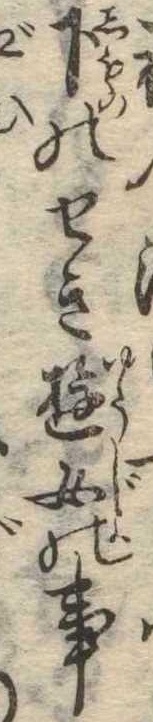
下のせき遊女の事